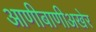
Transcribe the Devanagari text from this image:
आणीबाणीअखेर